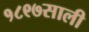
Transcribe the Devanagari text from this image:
१८९७साली